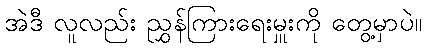
အဲဒီ လူလည်း ညွှန်ကြားရေးမှူးကို တွေ့မှာပဲ။